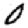
Digit: 0